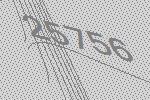
25756